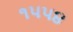
૧૫૫૪